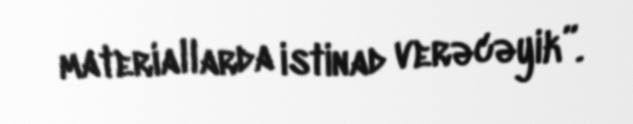
materiallarda istinad verəcəyik”.